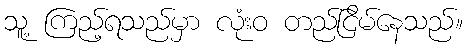
သူ့ ကြည့်ရသည်မှာ လုံးဝ တည်ငြိမ်နေသည်။